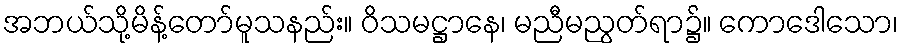
အဘယ်သို့မိန့်တော်မူသနည်း။ ဝိသမဋ္ဌာနေ၊ မညီမညွတ်ရာ၌။ ကောဒေါသော၊